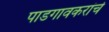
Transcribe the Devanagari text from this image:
पाडगावकरांचे